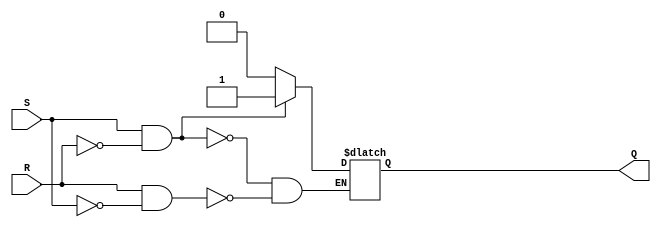
module latch_sr(input S, input R, 
                output reg Q);

always@*
    if (S && !R) //Set
        Q <= 1'b1;
    else if (R && !S) //Reset
        Q <= 1'b0;

endmodule